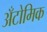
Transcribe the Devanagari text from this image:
अँटोमिक